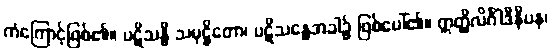
ကံကြောင့်ဖြစ်၏။ ပဋိသန္ဓိ သမုဋ္ဌိတော၊ ပဋိသန္ဓေအခါ၌ ဖြစ်ပေါ်၏။ ဣတ္ထိလိင်္ဂါဒီနိပန၊